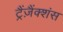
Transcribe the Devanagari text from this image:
ट्रैंज़ैंक्शंस